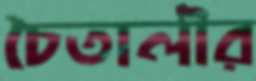
চৈতালীর